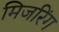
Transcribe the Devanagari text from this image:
मिजरिंग